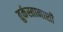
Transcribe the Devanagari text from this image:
तुर्कस्तानाशी